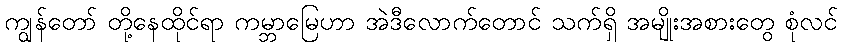
ကျွန်တော် တို့နေထိုင်ရာ ကမ္ဘာမြေဟာ အဲဒီလောက်တောင် သက်ရှိ အမျိုးအစားတွေ စုံလင်